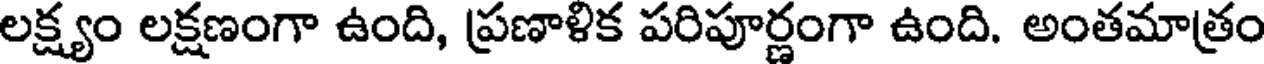
లక్ష్యం లక్షణంగా ఉంది, ప్రణాళిక పరిపూర్ణంగా ఉంది. అంతమాత్రం